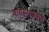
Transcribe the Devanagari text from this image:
वायुरूपप्रवण